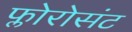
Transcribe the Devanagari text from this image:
फ्लोरोसंट